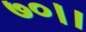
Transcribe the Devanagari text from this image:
७०।।